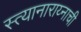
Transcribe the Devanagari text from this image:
स्त्यानाराय्नाची